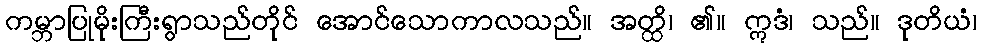
ကမ္ဘာပြုမိုးကြီးရွာသည်တိုင် အောင်သောကာလသည်။ အတ္ထိ၊ ၏။ ဣဒံ၊ သည်။ ဒုတိယံ၊